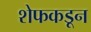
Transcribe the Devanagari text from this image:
शेफकडून